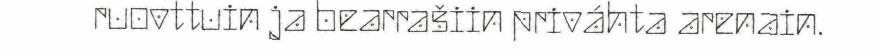
ruovttuin ja bearrašiin priváhta arenain.